Tezpur Lunatic Asylum reports 1877-1894 - 1877-1894
Year: 1877
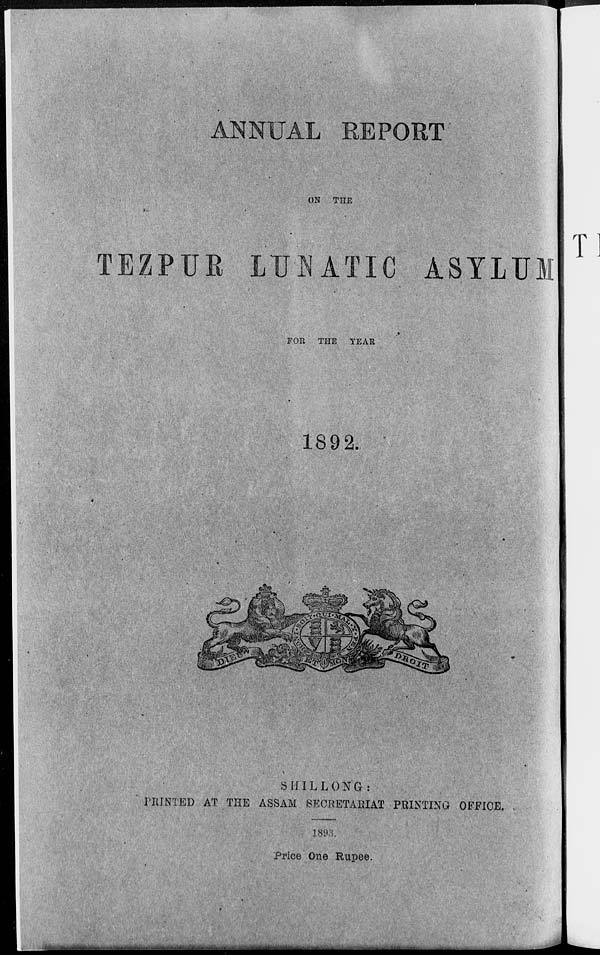
ANNUAL REPORT
ON THE
TEZPUE LUNATIC ASYLUM
Tl
FOR THE YEAR
1892,
SHILLONG:
PRINTED AT THE ASSAM SECRETARIAT PRINTING OFFICE.
1893.
Price One Rupee.